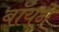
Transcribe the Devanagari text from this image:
बॉयने